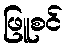
ဖြူစင်